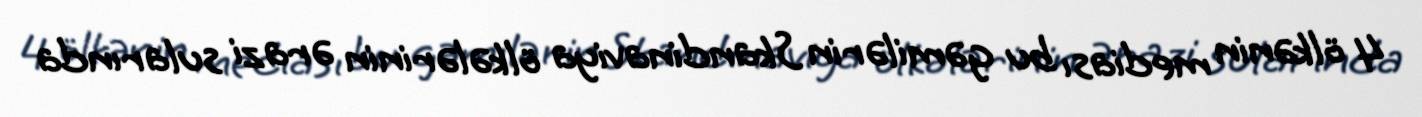
4 ölkənin mediası bu gəmilərin Skandinaviya ölkələrinin ərazi sularında